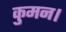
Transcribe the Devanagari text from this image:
कुमन।